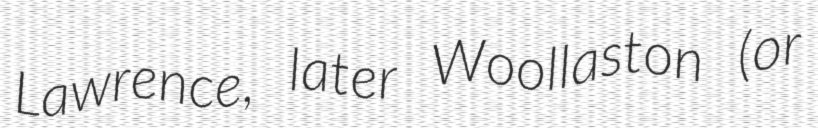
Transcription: Lawrence, later Woollaston (or